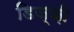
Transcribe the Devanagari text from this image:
डिज़्ज़ी